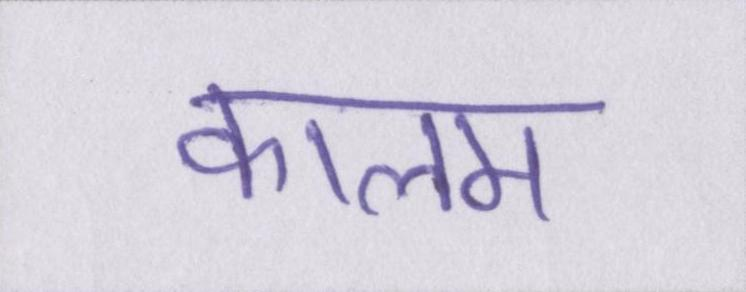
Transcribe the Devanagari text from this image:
कालम